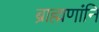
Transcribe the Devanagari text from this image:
ब्राह्मणांनि